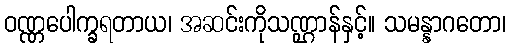
ဝဏ္ဏပေါက္ခရတာယ၊ အဆင်းကိုသဏ္ဌာန်နှင့်။ သမန္နာဂတော၊